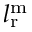
l _ { \mathrm { r } } ^ { \mathrm { m } }